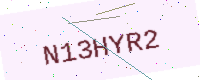
Text: N13HYR2